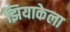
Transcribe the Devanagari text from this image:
झियाकेला